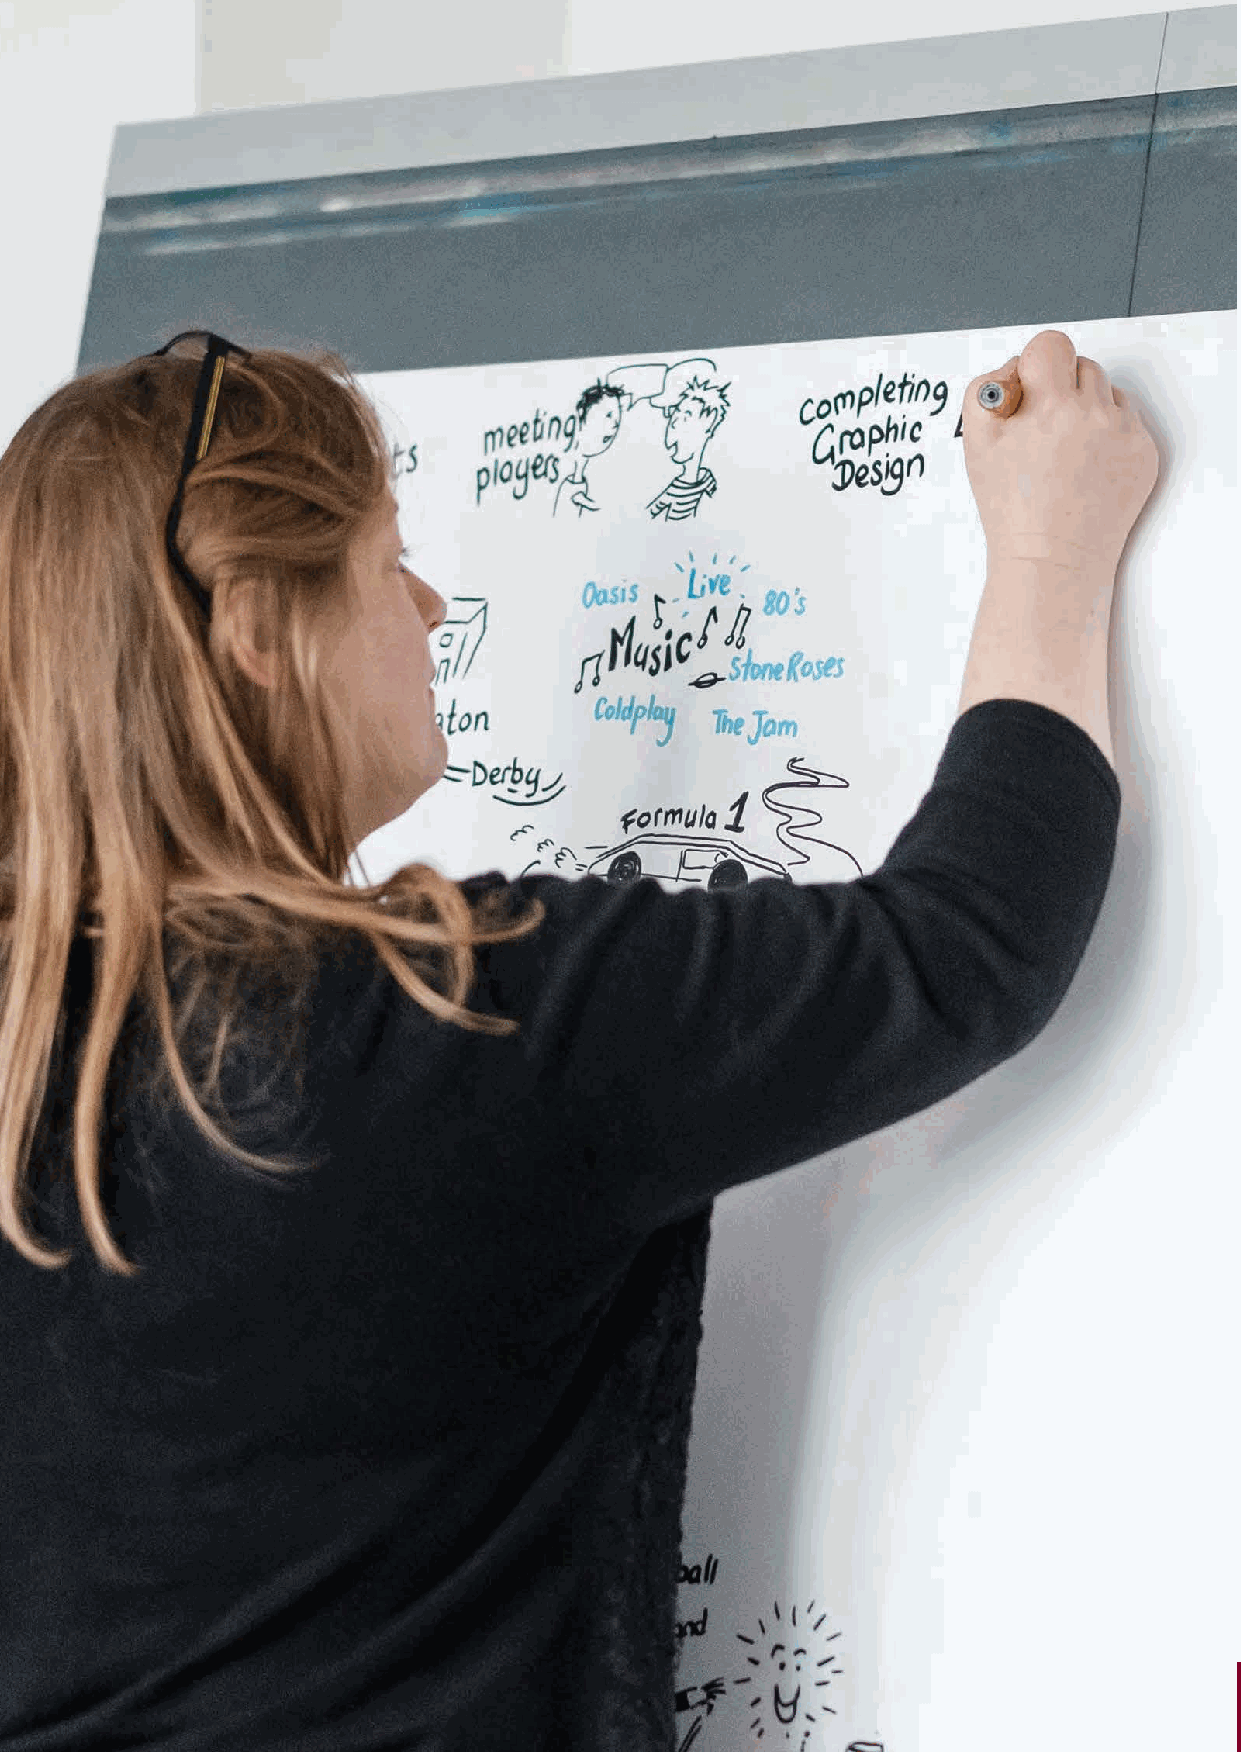
56                       ‘Inspiring Hearts, Engaging Minds’ (IHEM) Pilot Programme
 IHEM-Evaluation-Summary-Report_Brand Compliant.indd 56                  29/09/2020 06:59:34